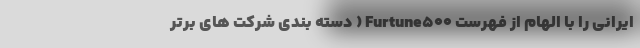
ایرانی را با الهام از فهرست Furtune۵۰۰ ( دسته بندی شرکت های برتر